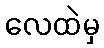
လေထဲမှ